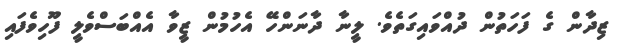
ޒިދާން ގެ ފަހަތުން ދުއްވައިގަތެވެ. ލީނާ ދާނަންހޭ އެހުމުން ޒީވާ އެއްބަސްވެލީ ފޫހިވެފައި